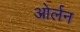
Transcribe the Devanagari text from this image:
ओर्लन